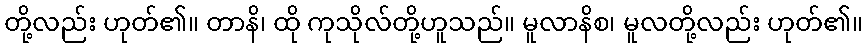
တို့လည်း ဟုတ်၏။ တာနိ၊ ထို ကုသိုလ်တို့ဟူသည်။ မူလာနိစ၊ မူလတို့လည်း ဟုတ်၏။